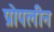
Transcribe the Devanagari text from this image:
प्रोपलीन